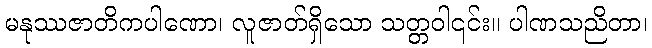
မနုဿဇာတိကပါဏော၊ လူဇာတ်ရှိသော သတ္တဝါ၎င်း။ ပါဏသညိတာ၊